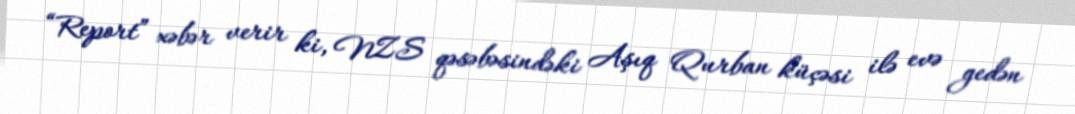
“Report” xəbər verir ki, NZS qəsəbəsindəki Aşıq Qurban küçəsi ilə evə gedən